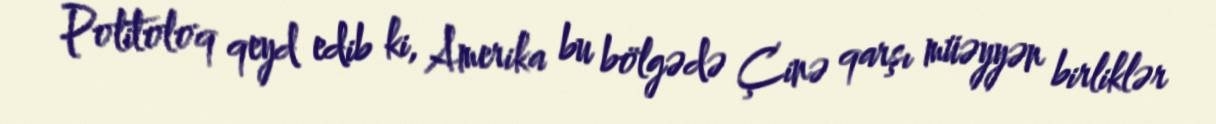
Politoloq qeyd edib ki, Amerika bu bölgədə Çinə qarşı müəyyən birliklər